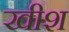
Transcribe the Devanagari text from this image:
खीश